Indian journal of veterinary science and animal husbandry - Volume 1,
Year: 1931
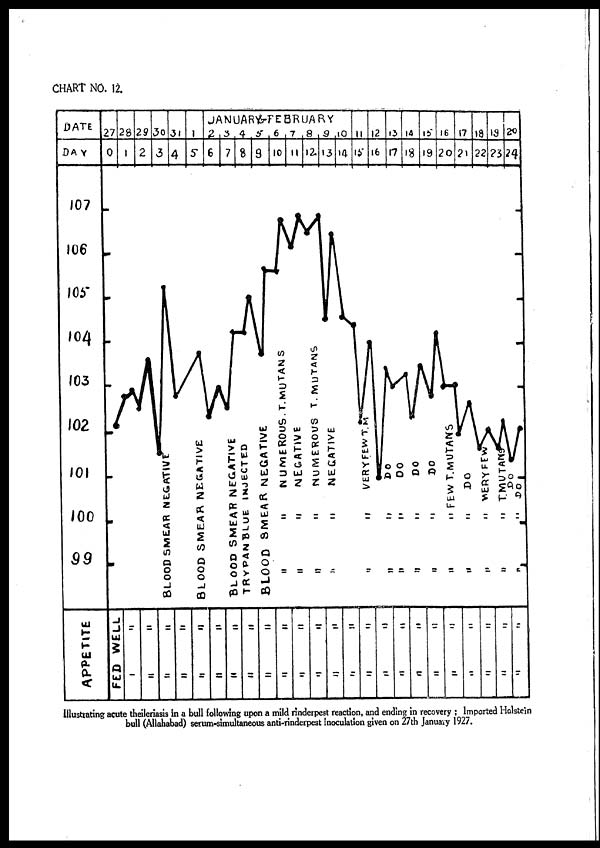
Illustrating acute theileriasis In a bull following upon a mild rinderpest reaction, and ending in recovery ; Imported Holstein
bull (Allahabad) serum-simultaneous anti-rinderpest inoculation given on 27th January 1927.